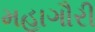
મહાગૌરી